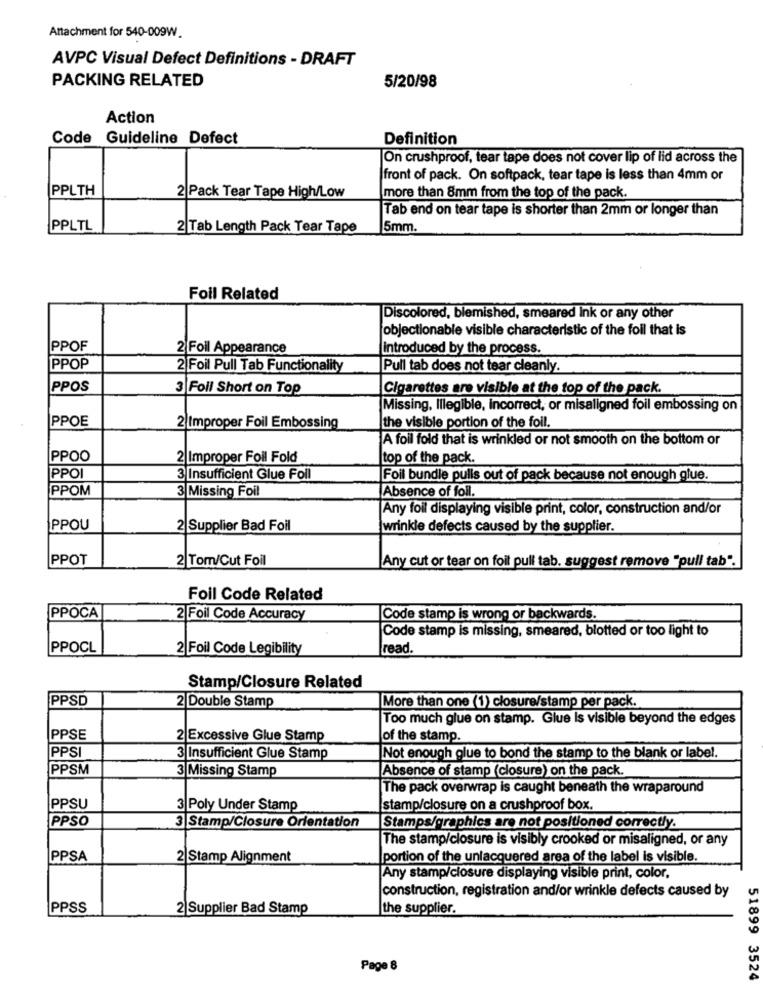
Attachment for 540-009W.
AVPC Visual Defect Definitions - DRAFT
PACKING RELATED
5/20/98
Action
Code Guideline Defect
Definition
On crushproof, tear tape does not cover lip of lid across the
front of pack. On softpack, tear tape is less than 4mm or
PPLTH
2 Pack Tear Tape High/Low
more than 8mm from the top of the pack.
Tab end on tear tape is shorter than 2mm or longer than
PPLTL
2|Tab Length Pack Tear Tape
15mm.
Foil Related
Discolored, blemished, smeared ink or any other
objectionable visible characteristic of the foil that is
PPOF
2 Foil Appearance
introduced by the process.
PPOP
2 Foil Pull Tab Functionality
Pull tab does not tear cleanly.
PPOS
3 Foll Short on Top
Cigarettes are visible at the top of the pack.
Missing, Illegible, incorrect, or misaligned foil embossing on
PPOE
2 Improper Foil Embossing
the visible portion of the foil.
A foil fold that is wrinkled or not smooth on the bottom or
PPOO
2 Improper Foil Fold
top of the pack.
PPOI
3 Insufficient Glue Foll
Foil bundle pulls out of pack because not enough glue.
PPOM
3 Missing Foil
Absence of foll.
Any foil displaying visible print, color, construction and/or
PPOU
2|Supplier Bad Foil
wrinkle defects caused by the supplier.
PPOT
2 Tom/Cut Foil
Any cut or tear on foil pull tab. suggest remove "pull tab".
Foil Code Related
PPOCA
2 Foil Code Accuracy
Code stamp is wrong or backwards.
Code stamp is missing, smeared, blotted or too light to
PPOCL
2 Foil Code Legibility
[read.
Stamp/Closure Related
PPSD
2 Double Stamp
More than one (1) closure/stamp per pack.
Too much glue on stamp. Glue Is visible beyond the edges
PPSE
2 Excessive Glue Stamp
of the stamp.
PPS
3 Insufficient Glue Stamp
Not enough glue to bond the stamp to the blank or label.
PPSM
3 Missing Stamp
Absence of stamp (closure) on the pack.
The pack overwrap is caught beneath the wraparound
PPSU
3 Poly Under Stamp
stamp/closure on a crushproof box.
PPSO
3 Stamp/Closure Orientation
Stamps/graphics are not positioned correctly.
The stamp/closure is visibly crooked or misaligned, or any
IPPSA
2 Stamp Alignment
portion of the unlacquered area of the label is visible.
Any stamp/closure displaying visible print, color,
construction, registration and/or wrinkle defects caused by
PPSS
2|Supplier Bad Stamp
the supplier.
Page 8
51899 3524